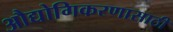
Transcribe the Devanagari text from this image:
औद्योगिकरणासाठी